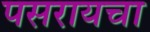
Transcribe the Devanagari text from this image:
पसरायचा